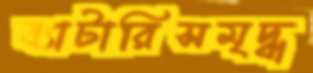
ব্যাটারিসমৃদ্ধ